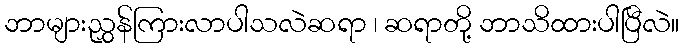
ဘာများညွှန်ကြားလာပါသလဲဆရာ ၊ ဆရာတို့ ဘာသိထားပါပြီလဲ။